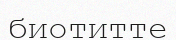
биотитте